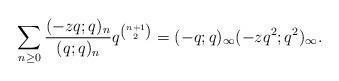
LaTeX: \begin{align*}\sum_{n\ge 0}\frac{(-zq;q)_n}{(q;q)_n}q^{\binom{n+1}{2}}=(-q;q)_{\infty}(-zq^2;q^2)_{\infty}.\end{align*}